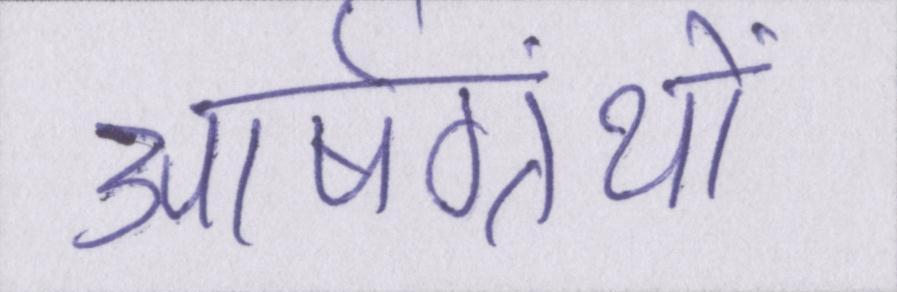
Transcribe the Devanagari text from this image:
आर्षग्रंथों